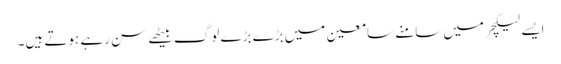
ایسے لیکچر میں سامنے سامعین میں بڑے بڑے لوگ بیٹھے سن رہے ہوتے ہیں۔